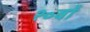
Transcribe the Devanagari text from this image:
२०वाँ